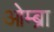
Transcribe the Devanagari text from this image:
ओम्ब्रा